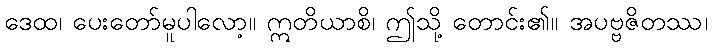
ဒေထ၊ ပေးတော်မူပါလော့။ ဣတိယာစိ၊ ဤသို့ တောင်း၏။ အပဗ္ဗဇိတဿ၊